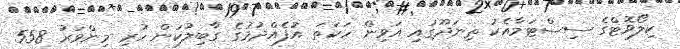
ކިލޯވޮޓްގެ ސިސްޓަމާއެކު ތިނަދޫގައި އަވިން ހަކަތަ އުފެއްދުމުގެ ގާބިލުކަން ހުރި މިންވަރު 558